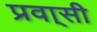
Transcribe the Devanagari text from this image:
प्रवा्सी